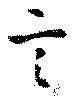
言